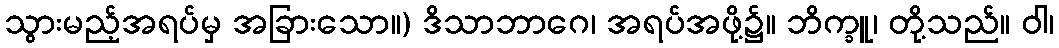
သွားမည့်အရပ်မှ အခြားသော။) ဒိသာဘာဂေ၊ အရပ်အဖို့၌။ ဘိက္ခူ၊ တို့သည်။ ဝါ၊